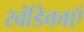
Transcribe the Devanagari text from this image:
खंडिकाएँ